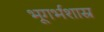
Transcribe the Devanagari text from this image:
भूगर्भशास्र